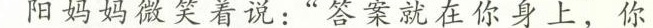
阳妈妈微笑着说:“答案就在你身上，你